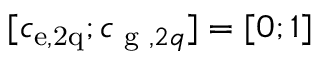
[ c _ { \mathrm { e , 2 q } } ; c _ { \textrm { g } , 2 q } ] = [ 0 ; 1 ]